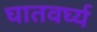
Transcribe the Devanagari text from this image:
घातवर्घ्य